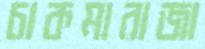
চাকমারাজা